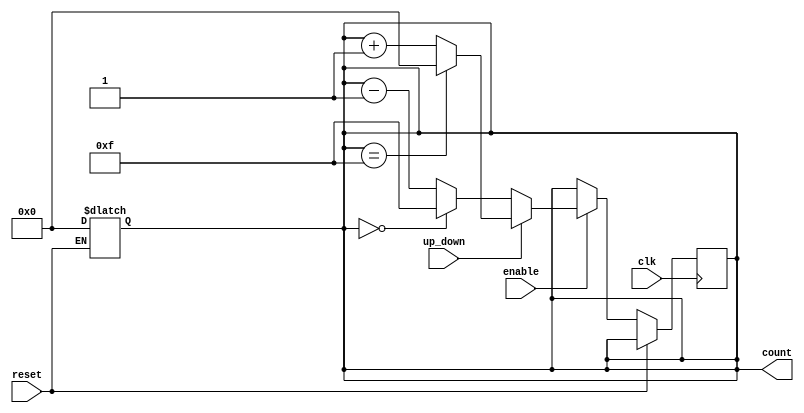
module UpDownCounter (
    input wire clk,           // Clock input
    input wire reset,         // Asynchronous reset
    input wire up_down,       // Control signal for counting direction
    input wire enable,        // Enable signal for counting
    output reg [3:0] count    // 4-bit counter output (0 to 15)
);

    // Asynchronous reset
    always @(*) begin
        if (reset) begin
            count = 4'b0000; // Reset count to 0
        end
    end

    // Synchronous counting on clock edge
    always @(posedge clk) begin
        if (!reset) begin // Only count if not in reset
            if (enable) begin
                if (up_down) begin
                    // Count Up
                    if (count == 4'b1111) begin
                        count <= 4'b0000; // Wrap around to 0
                    end else begin
                        count <= count + 1; // Increment count
                    end
                end else begin
                    // Count Down
                    if (count == 4'b0000) begin
                        count <= 4'b1111; // Wrap around to max value (15)
                    end else begin
                        count <= count - 1; // Decrement count
                    end
                end
            end
        end
    end

endmodule